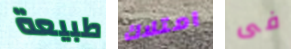
طبيعة امتلاك فى